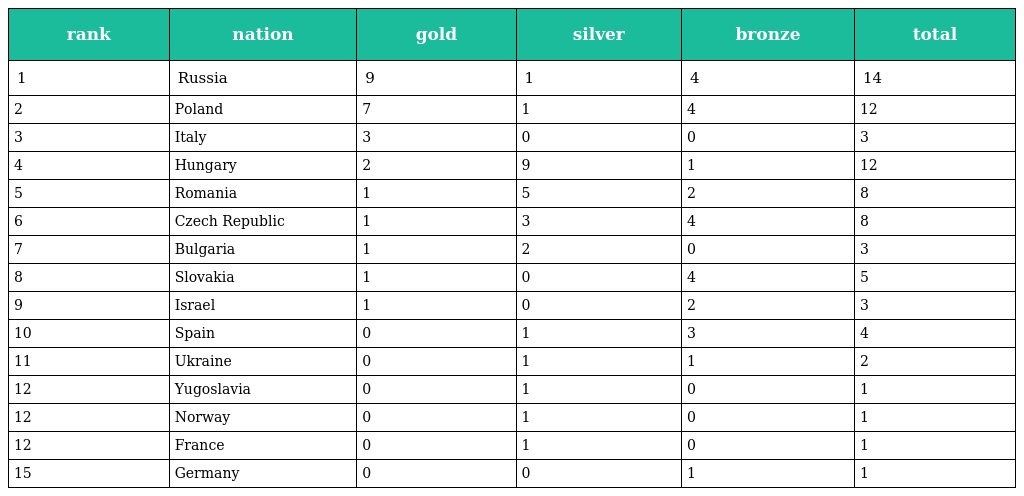
| rank | nation | gold | silver | bronze | total |
 | --- | --- | --- | --- | --- | --- |
 | 1 | Russia | 9 | 1 | 4 | 14 |
 | 2 | Poland | 7 | 1 | 4 | 12 |
 | 3 | Italy | 3 | 0 | 0 | 3 |
 | 4 | Hungary | 2 | 9 | 1 | 12 |
 | 5 | Romania | 1 | 5 | 2 | 8 |
 | 6 | Czech Republic | 1 | 3 | 4 | 8 |
 | 7 | Bulgaria | 1 | 2 | 0 | 3 |
 | 8 | Slovakia | 1 | 0 | 4 | 5 |
 | 9 | Israel | 1 | 0 | 2 | 3 |
 | 10 | Spain | 0 | 1 | 3 | 4 |
 | 11 | Ukraine | 0 | 1 | 1 | 2 |
 | 12 | Yugoslavia | 0 | 1 | 0 | 1 |
 | 12 | Norway | 0 | 1 | 0 | 1 |
 | 12 | France | 0 | 1 | 0 | 1 |
 | 15 | Germany | 0 | 0 | 1 | 1 |